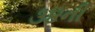
૩૪ની